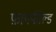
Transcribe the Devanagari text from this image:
फ़ायफील्ड